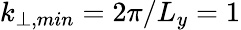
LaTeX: k_{\perp,min}=2\pi/L_{y}=1